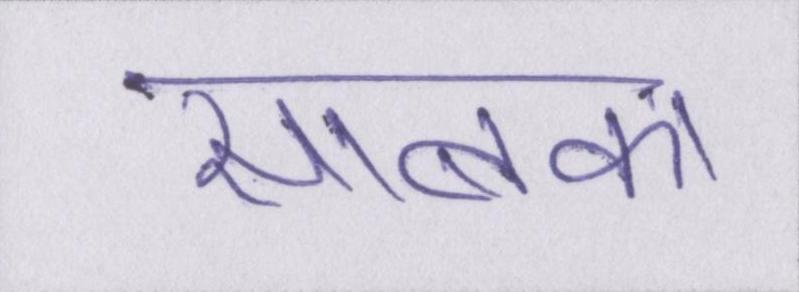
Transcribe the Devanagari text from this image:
साबका